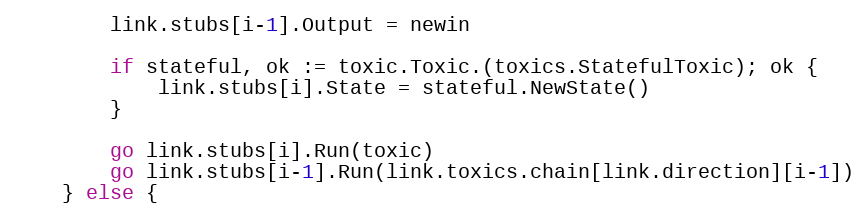
Language: Go
		link.stubs[i-1].Output = newin

		if stateful, ok := toxic.Toxic.(toxics.StatefulToxic); ok {
			link.stubs[i].State = stateful.NewState()
		}

		go link.stubs[i].Run(toxic)
		go link.stubs[i-1].Run(link.toxics.chain[link.direction][i-1])
	} else {